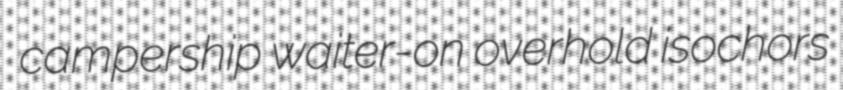
campership waiter-on overhold isochors